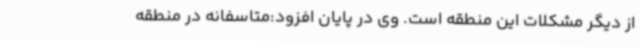
از دیگر مشکلات این منطقه است. وی در پایان افزود:متاسفانه در منطقه